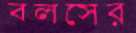
বলসের